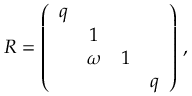
R = \left( \begin{array} { c c c c } { { q } } & { { } } & { { } } & { { } } \\ { { } } & { { 1 } } & { { } } & { { } } \\ { { } } & { { \omega } } & { { 1 } } & { { } } \\ { { } } & { { } } & { { } } & { { q } } \end{array} \right) \, ,